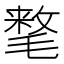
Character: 𰚰